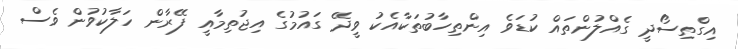
އިގްތިސޯދީ ގެއްލުންތައް ކުޑަވެ އިންތިހާބުތަކާއެކު ވީދޭ ގައުމުގެ އިޖުތިމާއީ ފޭރާން ހަލާކުވުން ވެސް